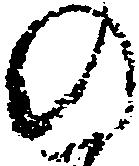
の